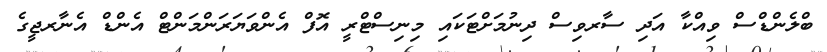
ބްލެންޑްސް ވިއްކާ އަދި ސާރވިސް ދިނުމަށްޓަކައި މިނިސްޓްރީ އޮފް އެންވަޔަރަންމަންޓް އެންޑް އެނާރޖީގެ